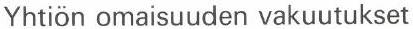
Yhtiön omaisuuden vakuutukset